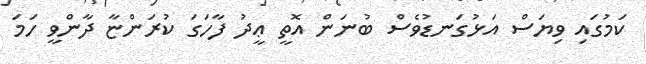
ކަމުގައި ވިޔަސް އަޅުގަނޑުވެސް ބުނަން އޮތީ ޢީދު ފާހަގަ ކުރަންޏާ ދާންވީ ހަމަ